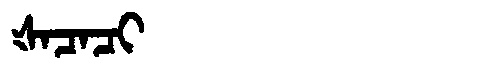
Manchu: ᡧᠠᠴᠠᠴᡳ
Romanization: ŠACACI